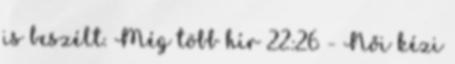
is beszélt. Még több hír 22:26 - Női kézi